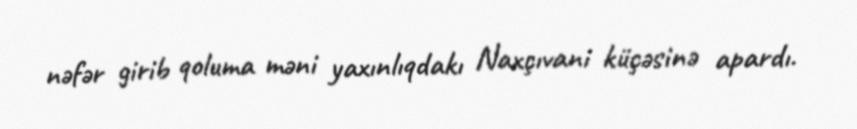
nəfər girib qoluma məni yaxınlıqdakı Naxçıvani küçəsinə apardı.